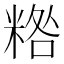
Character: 𥻀